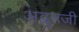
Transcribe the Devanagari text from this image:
अद्भुतजी